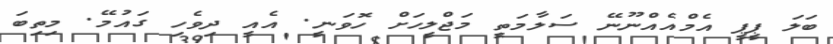
ބަލަ ޕީޕީ އެމްއެއްނޫނޭ ސަލާމަތީ މަޖްލީހަށް ހޮވަނީ. އެއީ ދިވެހި ގައުމޭ. މިތިބަ